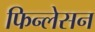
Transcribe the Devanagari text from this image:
फिन्लेसन